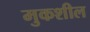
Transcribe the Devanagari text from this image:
मुकशील